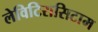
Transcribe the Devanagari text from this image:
लेविटिरासिटाम